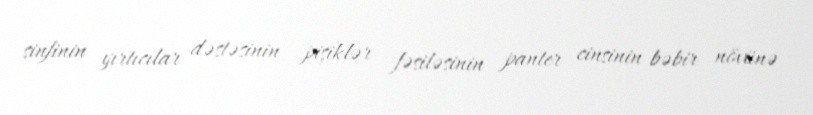
sinfinin yırtıcılar dəstəsinin pişiklər fəsiləsinin panter cinsinin bəbir növünə